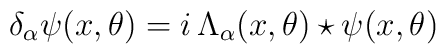
\delta_\alpha \psi(x,\theta) = i \, \Lambda_\alpha(x,\theta) \star \psi(x,\theta)